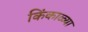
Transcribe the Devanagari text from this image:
किंकाळ्या